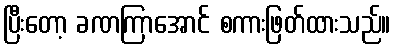
ပြီးတော့ ခဏကြာအောင် စကားဖြတ်ထားသည်။